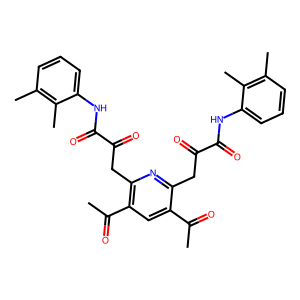
SMILES: CC(=O)c1cc(C(C)=O)c(CC(=O)C(=O)Nc2cccc(C)c2C)nc1CC(=O)C(=O)Nc1cccc(C)c1C
Inhibits HIV replication: No